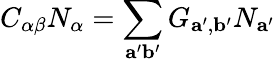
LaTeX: C_{\alpha\beta}N_{\alpha}=\sum_{\mathbf{a^{\prime}b^{\prime}}}G_{\mathbf{a^{\prime}},\mathbf{b^{\prime}}}N_{\mathbf{a^{\prime}}}